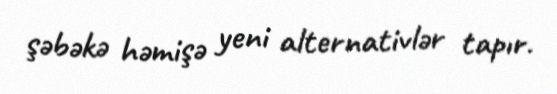
şəbəkə həmişə yeni alternativlər tapır.